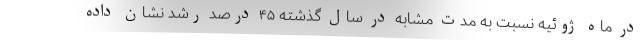
در ماه ژوئیه نسبت به مدت مشابه در سال گذشته ۴۵ درصد رشد نشان داده